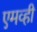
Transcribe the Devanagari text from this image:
एमव्ही